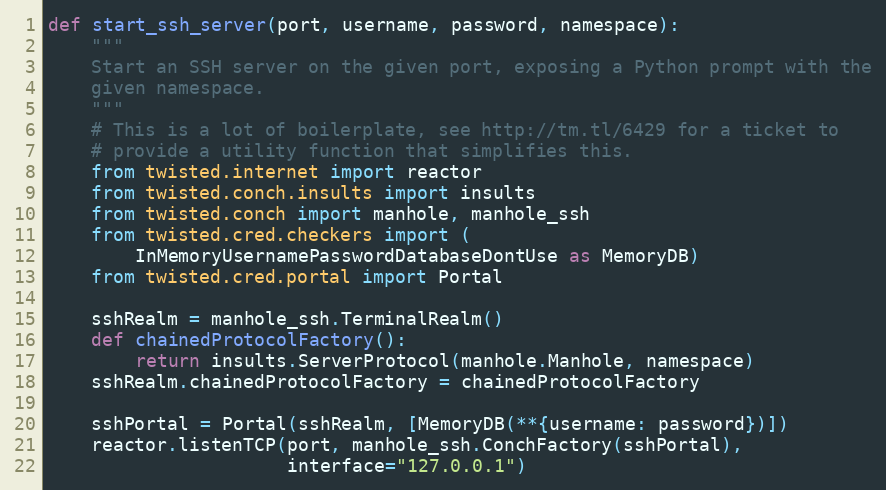
Language: Python
def start_ssh_server(port, username, password, namespace):
    """
    Start an SSH server on the given port, exposing a Python prompt with the
    given namespace.
    """
    # This is a lot of boilerplate, see http://tm.tl/6429 for a ticket to
    # provide a utility function that simplifies this.
    from twisted.internet import reactor
    from twisted.conch.insults import insults
    from twisted.conch import manhole, manhole_ssh
    from twisted.cred.checkers import (
        InMemoryUsernamePasswordDatabaseDontUse as MemoryDB)
    from twisted.cred.portal import Portal

    sshRealm = manhole_ssh.TerminalRealm()
    def chainedProtocolFactory():
        return insults.ServerProtocol(manhole.Manhole, namespace)
    sshRealm.chainedProtocolFactory = chainedProtocolFactory

    sshPortal = Portal(sshRealm, [MemoryDB(**{username: password})])
    reactor.listenTCP(port, manhole_ssh.ConchFactory(sshPortal),
                      interface="127.0.0.1")